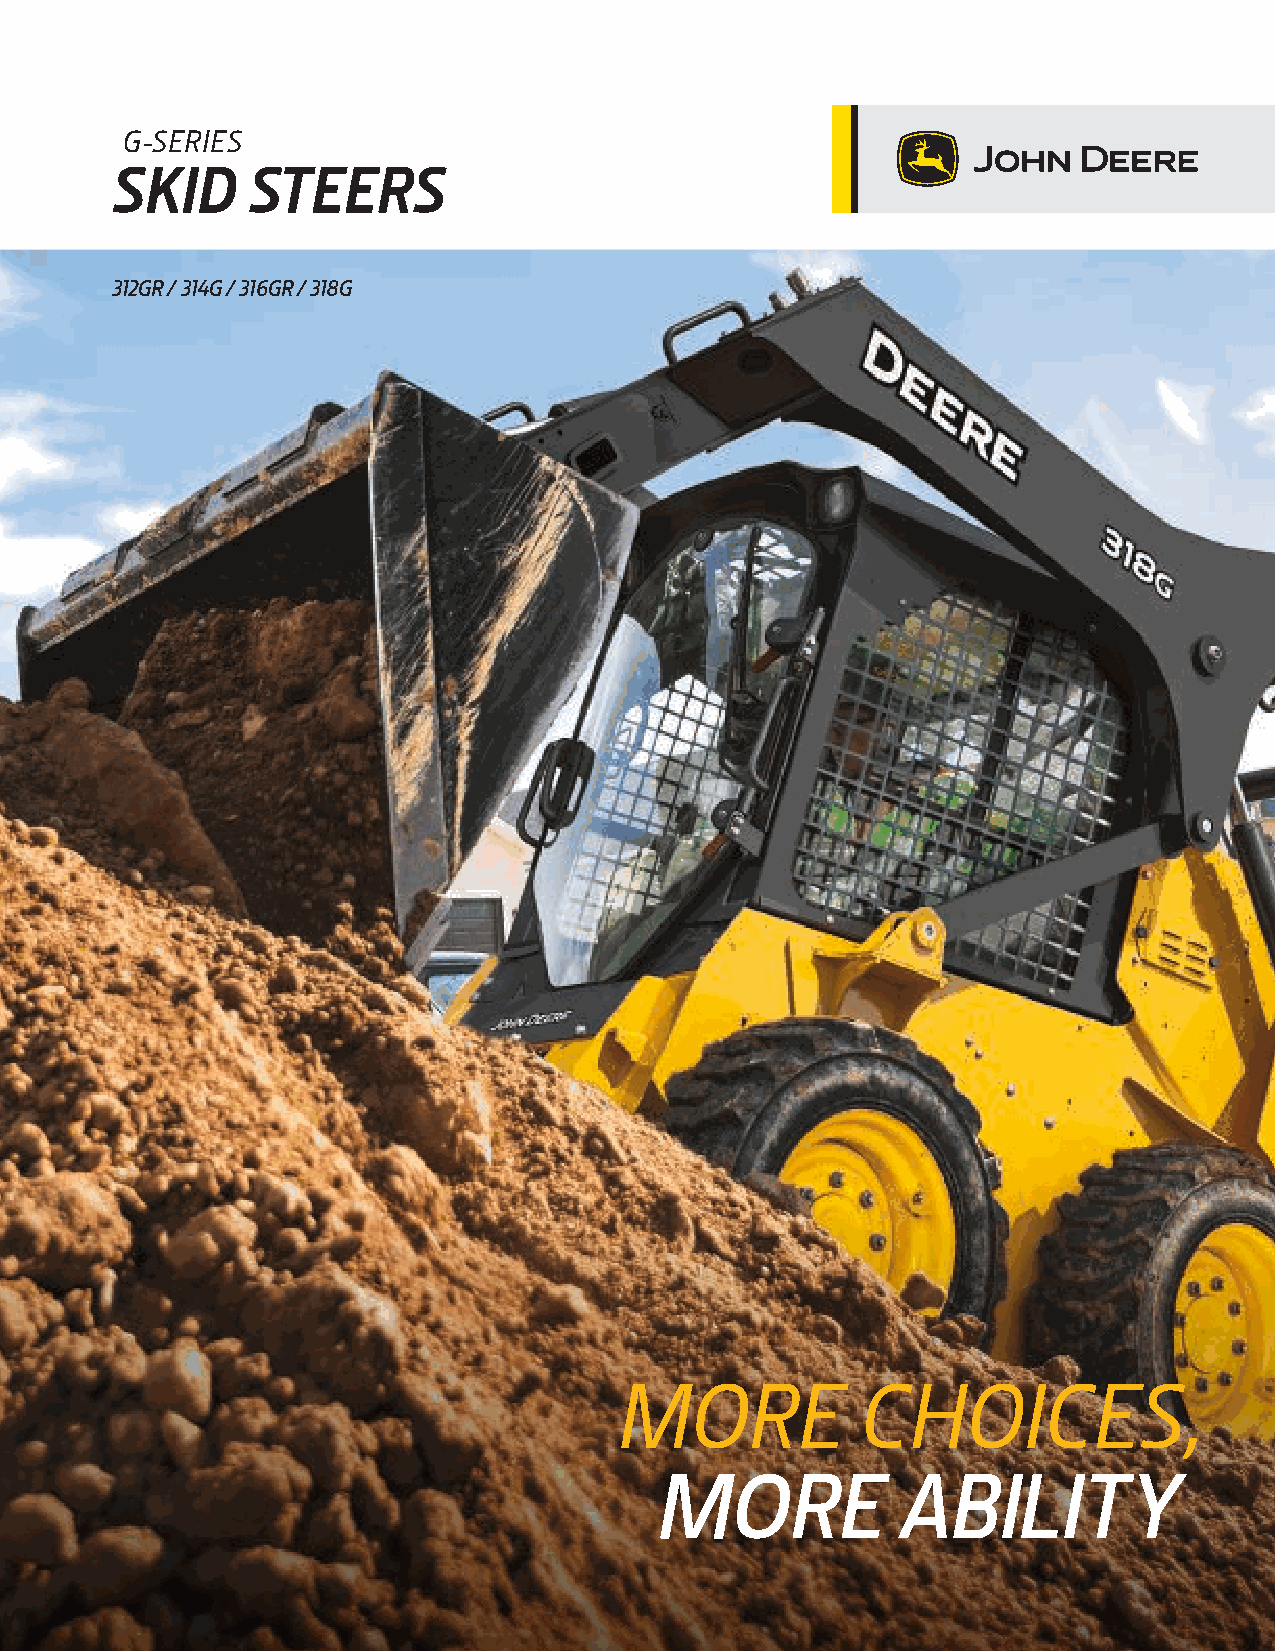
G-SERIES
 SKID     STEERS
 312GR / 314G / 316GR / 318G
 MORE            CHOICES,
 MORE             ABILITY